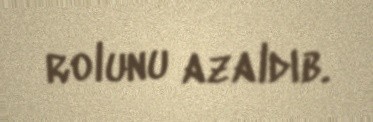
rolunu azaldıb.